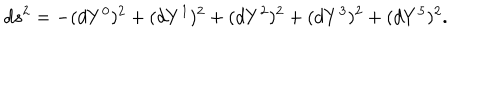
LaTeX: d s ^ { 2 } = - ( d Y ^ { 0 } ) ^ { 2 } + ( d Y ^ { 1 } ) ^ { 2 } + ( d Y ^ { 2 } ) ^ { 2 } + ( d Y ^ { 3 } ) ^ { 2 } + ( d Y ^ { 5 } ) ^ { 2 } .